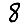
Digit: 8